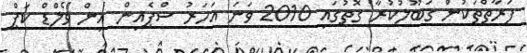
ފަރާތްތަކުން ގަބޫލުކުރާ ގޮތުގައި 2010 ވަނަ އަހަރު ސްޕެއިން އިން ވޯލްޑް ކަޕް